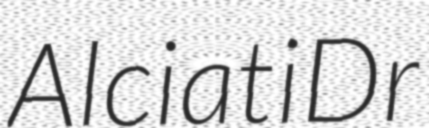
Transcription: AlciatiDr